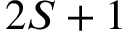
2 S + 1